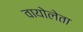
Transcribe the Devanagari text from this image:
वायोलेता